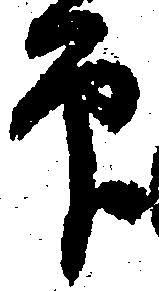
印